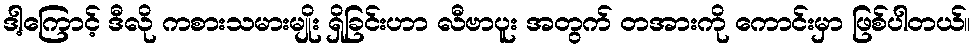
ဒါ့ကြောင့် ဒီလို ကစားသမားမျိုး ရှိခြင်းဟာ လီဗာပူး အတွက် တအားကို ကောင်းမှာ ဖြစ်ပါတယ်။